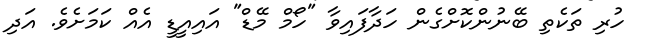
ހުރި ތަކެތި ބޭނުންކޮށްގެން ހަދާފައިވާ "ހޯމް މޭޑް" އައިއީޑީ އެއް ކަމަށެވެ. އަދި